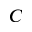
C